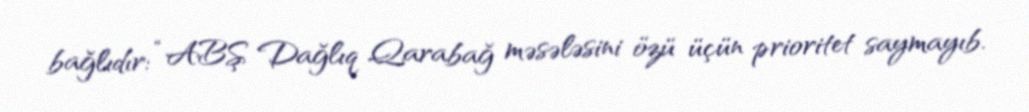
bağlıdır: “ABŞ Dağlıq Qarabağ məsələsini özü üçün prioritet saymayıb.